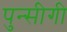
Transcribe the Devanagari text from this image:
पुन्सीगी